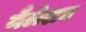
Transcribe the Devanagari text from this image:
मैलेशन